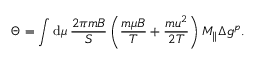
\Theta = \int \mathrm { d } \mu \: \frac { 2 \pi m B } { S } \left( \frac { m \mu B } { T } + \frac { m u ^ { 2 } } { 2 T } \right) M _ { \parallel } \Delta g ^ { p } .